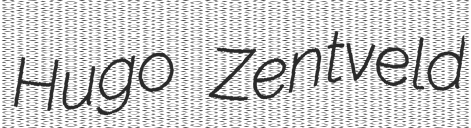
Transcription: Hugo Zentveld